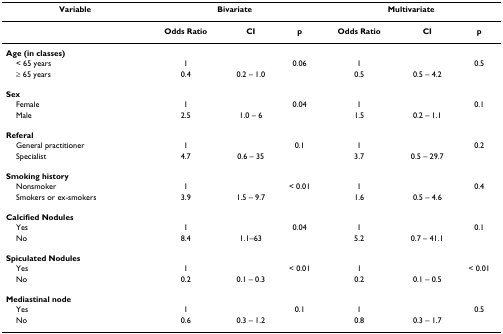
<table><thead><tr><td><b>Variable</b></td><td colspan="3"><b>Bivariate</b></td><td colspan="3"><b>Multivariate</b></td></tr></thead><tbody><tr><td></td><td><b>Odds Ratio</b></td><td><b>CI</b></td><td><b>p</b></td><td><b>Odds Ratio</b></td><td><b>CI</b></td><td><b>p</b></td></tr><tr><td><b>Age (in classes)</b></td><td></td><td></td><td></td><td></td><td></td><td></td></tr><tr><td> &lt; 65 years</td><td>1</td><td></td><td>0.06</td><td>1</td><td></td><td>0.5</td></tr><tr><td> ≥ 65 years</td><td>0.4</td><td>0.2 – 1.0</td><td></td><td>0.5</td><td>0.5 – 4.2</td><td></td></tr><tr><td><b>Sex</b></td><td></td><td></td><td></td><td></td><td></td><td></td></tr><tr><td> Female</td><td>1</td><td></td><td>0.04</td><td>1</td><td></td><td>0.1</td></tr><tr><td> Male</td><td>2.5</td><td>1.0 – 6</td><td></td><td>1.5</td><td>0.2 – 1.1</td><td></td></tr><tr><td><b>Referal</b></td><td></td><td></td><td></td><td></td><td></td><td></td></tr><tr><td> General practitioner</td><td>1</td><td></td><td>0.1</td><td>1</td><td></td><td>0.2</td></tr><tr><td> Specialist</td><td>4.7</td><td>0.6 – 35</td><td></td><td>3.7</td><td>0.5 – 29.7</td><td></td></tr><tr><td><b>Smoking history</b></td><td></td><td></td><td></td><td></td><td></td><td></td></tr><tr><td> Nonsmoker</td><td>1</td><td></td><td>&lt; 0.01</td><td>1</td><td></td><td>0.4</td></tr><tr><td> Smokers or ex-smokers</td><td>3.9</td><td>1.5 – 9.7</td><td></td><td>1.6</td><td>0.5 – 4.6</td><td></td></tr><tr><td><b>Calcified Nodules</b></td><td></td><td></td><td></td><td></td><td></td><td></td></tr><tr><td> Yes</td><td>1</td><td></td><td>0.04</td><td>1</td><td></td><td>0.1</td></tr><tr><td> No</td><td>8.4</td><td>1.1–63</td><td></td><td>5.2</td><td>0.7 – 41.1</td><td></td></tr><tr><td><b>Spiculated Nodules</b></td><td></td><td></td><td></td><td></td><td></td><td></td></tr><tr><td> Yes</td><td>1</td><td></td><td>&lt; 0.01</td><td>1</td><td></td><td>&lt; 0.01</td></tr><tr><td> No</td><td>0.2</td><td>0.1 – 0.3</td><td></td><td>0.2</td><td>0.1 – 0.5</td><td></td></tr><tr><td><b>Mediastinal node</b></td><td></td><td></td><td></td><td></td><td></td><td></td></tr><tr><td> Yes</td><td>1</td><td></td><td>0.1</td><td>1</td><td></td><td>0.5</td></tr><tr><td> No</td><td>0.6</td><td>0.3 – 1.2</td><td></td><td>0.8</td><td>0.3 – 1.7</td><td></td></tr></tbody></table>